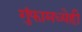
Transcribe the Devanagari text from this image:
गुंफामध्येही